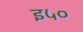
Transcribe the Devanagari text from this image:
इ५०